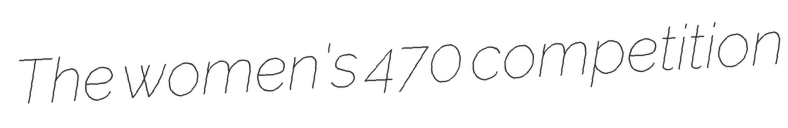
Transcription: The women's 470 competition